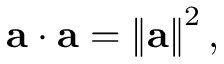
\mathbf { a } \cdot \mathbf { a } = \left\| \mathbf { a } \right\| ^ { 2 } ,